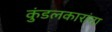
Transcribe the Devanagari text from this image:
कुंडलकारांना